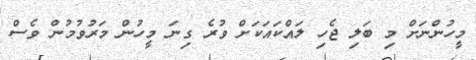
މީހުންނަށް މި ބަލި ޖެހި ލައްކައަކަށް ވުރެ ގިނަ މީހުން މަރުވުމުން ވެސް